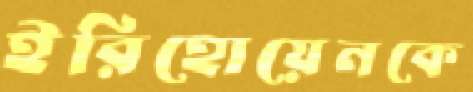
ইরিহোয়েনকে